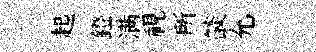
起鐙满視所燄允